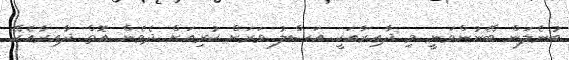
ބުނެލަން ބޭނުންވަނީ މި ދާއިރާއަކީ އަސްލު ވަރަށް ކުރިއަށް ދެވެން އޮތް ދާއިރާއެކޭ.